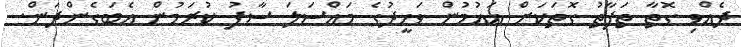
ދެއްވި ގޮތާ ތަފާތު ގޮތަކަށް އައުމުން ވަހީދުގެ މައްސަލަ ސާފު ކުރަމުން އެބަގެންދަން.